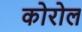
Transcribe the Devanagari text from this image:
कोरोल